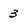
Character: 3